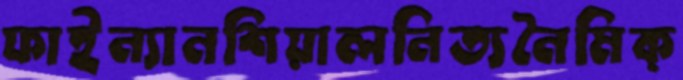
ফাইন্যানশিয়ালনিত্যনৈমিক্